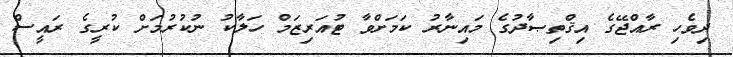
ދިވެހި ރާއްޖޭގެ އިޤްތިޞާދުގެ މައިނާރު ކަމަށްވާ ޓުއަރިޒަމް ހަލާކު ނުކުރުމަށް ކުރީގެ ރައީސް